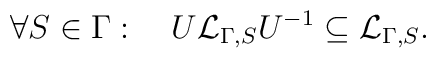
\forall S\in\Gamma:\hspace{1em}U{\cal L}_{\Gamma,S}U^{-1}\subseteq{\cal L}_{\Gamma,S}.